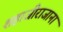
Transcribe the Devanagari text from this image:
शहाजीराजाना